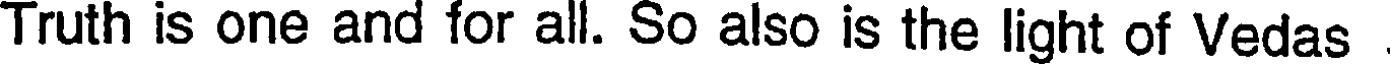
Truth is one and for all. So also is the light of Vedas